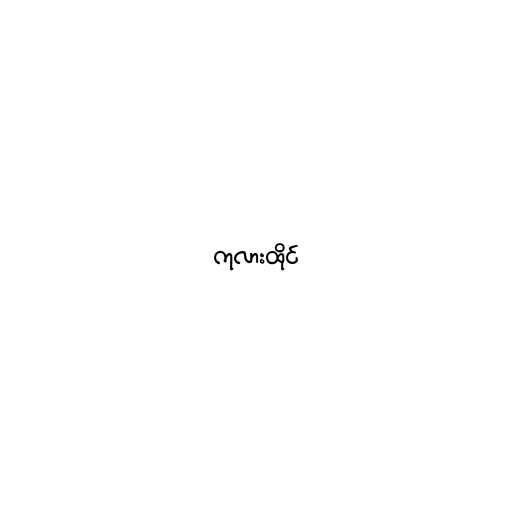
ကုလားထိုင်